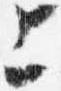
上